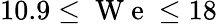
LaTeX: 10.9\le\mathrm{~W~e~}\le 18